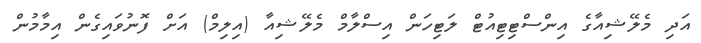
އަދި މެލޭޝިއާގެ އިންސްޓިޓިއުޓް ލަޓިހަން އިސްލާމް މެލޭޝިއާ (އިލިމް) އަށް ފޮނުވައިގެން އިމާމުން